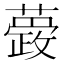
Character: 𮒆